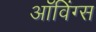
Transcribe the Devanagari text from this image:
ऑविंग्स